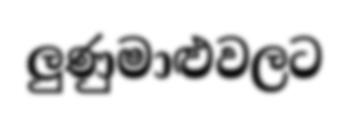
ලුණුමාළුවලට